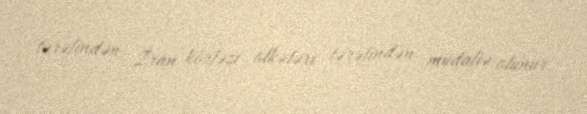
tərəfindən, İran körfəzi ölkələri tərəfindən müdafiə olunur.